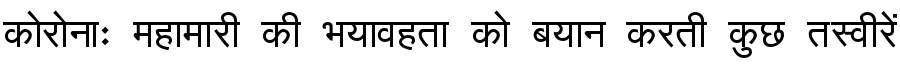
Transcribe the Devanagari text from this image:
कोरोनाः महामारी की भयावहता को बयान करती कुछ तस्वीरें